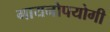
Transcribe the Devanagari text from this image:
गायनोपयोगी